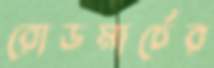
রোডমার্চের